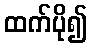
ထက်ပို၍